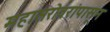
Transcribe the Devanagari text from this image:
महासरोवरांपासून